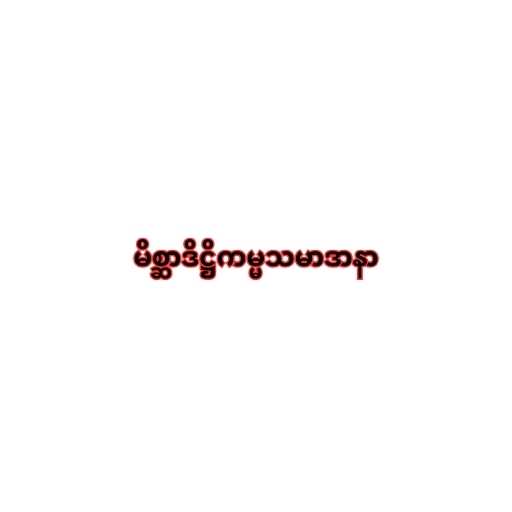
မိစ္ဆာဒိဋ္ဌိကမ္မသမာဒာနာ